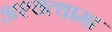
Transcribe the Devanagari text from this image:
अश्‍वत्थामा